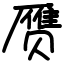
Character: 赝